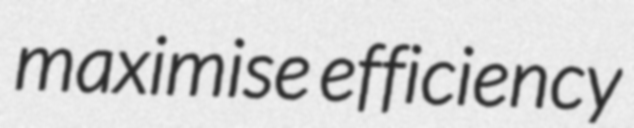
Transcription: maximise efficiency